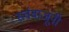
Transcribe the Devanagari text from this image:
सर्वबाजूंनी